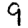
Digit: 9